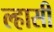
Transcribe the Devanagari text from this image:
ल्हासी